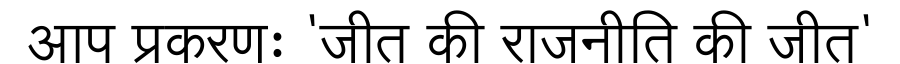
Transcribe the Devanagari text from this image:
आप प्रकरणः 'जीत की राजनीति की जीत'